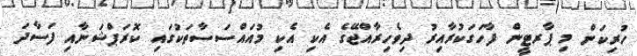
ހުރިކަން މި ޕާރޓީން ފާހަގަކުރާއިރު ދިވެހިރާއްޖޭގެ އެކި އެކި މުއައްސަސާތަކުގައި ކޮރަޕްޝަނާއި ފަސާދަ